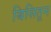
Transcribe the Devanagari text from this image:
बिसितून